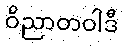
ဝိညာတဝါဒီ